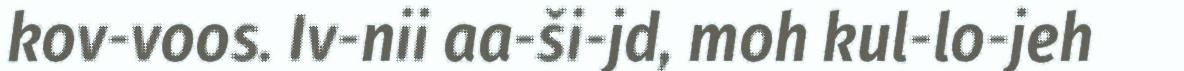
kov-voos. Iv-nii aa-ši-jd, moh kul-lo-jeh